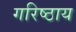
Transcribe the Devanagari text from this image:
गरिष्ठाय